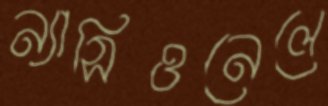
ন্যাসিওনেলে